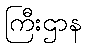
ကြီးဌာန